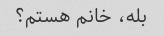
بله، خانم هستم؟